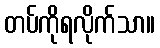
တပ်ကိုရလိုက်သာ။